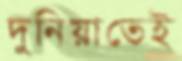
দুনিয়াতেই